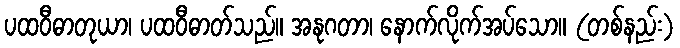
ပထဝီဓာတုယာ၊ ပထဝီဓာတ်သည်။ အနုဂတာ၊ နောက်လိုက်အပ်သော။ (တစ်နည်း)